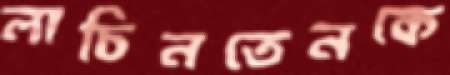
লাচিনতেনকে